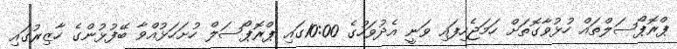
ޕްރޮޕޯސަލްތައް ހުޅުވާގޮތަށް ހަމަޖެހިފައި ވަނީ އެދުވަހުގެ 10:00ގައި ޕްރޮޕޯސަލް ހުށަހަޅުއްވާ ބޭފުޅުންގެ ހާޒިރުގައި